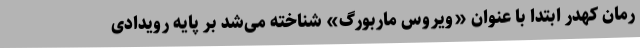
رمان کهدر ابتدا با عنوان «ویروس ماربورگ» شناخته می‌شد بر پایه رویدادی